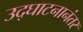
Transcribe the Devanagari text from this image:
उद्‌घाटनानंतर